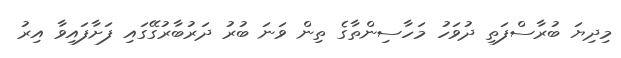
މިދިޔަ ބުރާސްފަތި ދުވަހު މަހާސިންތާގެ ތިން ވަނަ ބުރު ދަރުބާރުގޭގައި ފަށާފައިވާ އިރު